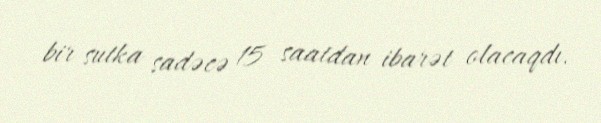
bir sutka sadəcə 15 saatdan ibarət olacaqdı.